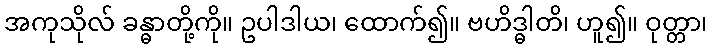
အကုသိုလ် ခန္ဓာတို့ကို။ ဥပါဒါယ၊ ထောက်၍။ ဗဟိဒ္ဓါတိ၊ ဟူ၍။ ဝုတ္တာ၊